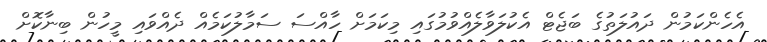
އެހެންކަމުން ދައުލަތުގެ ބަޖެޓް އެކުލަވާލެއްވުމުގައި މިކަމަށް ހާއްސަ ސަމާލުކަމެއް ދެއްވައި މީހުން ބިނާކޮށް